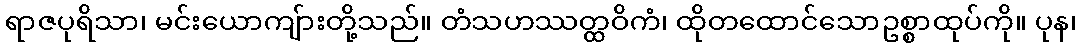
ရာဇပုရိသာ၊ မင်းယောကျ်ားတို့သည်။ တံသဟဿတ္ထဝိကံ၊ ထိုတထောင်သောဥစ္စာထုပ်ကို။ ပုန၊